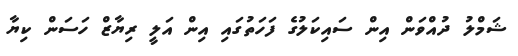
ޝަމްލު ދުއްވަން އިން ސައިކަލުގެ ފަހަތުގައި އިން އަލީ ރިޔާޒް ހަސަން ކިޔާ